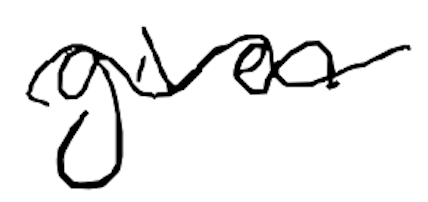
Text: given
Cross-out: wave
Writing tool: digital_black